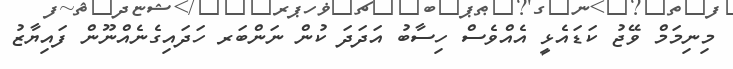
މިނިމަމް ވޭޖު ކަޑައެޅީ އެއްވެސް ހިސާބު އަދަދަ ކުން ނަންބަރ ހަދައިގެނެއްނޫން ފައިޔާޒު